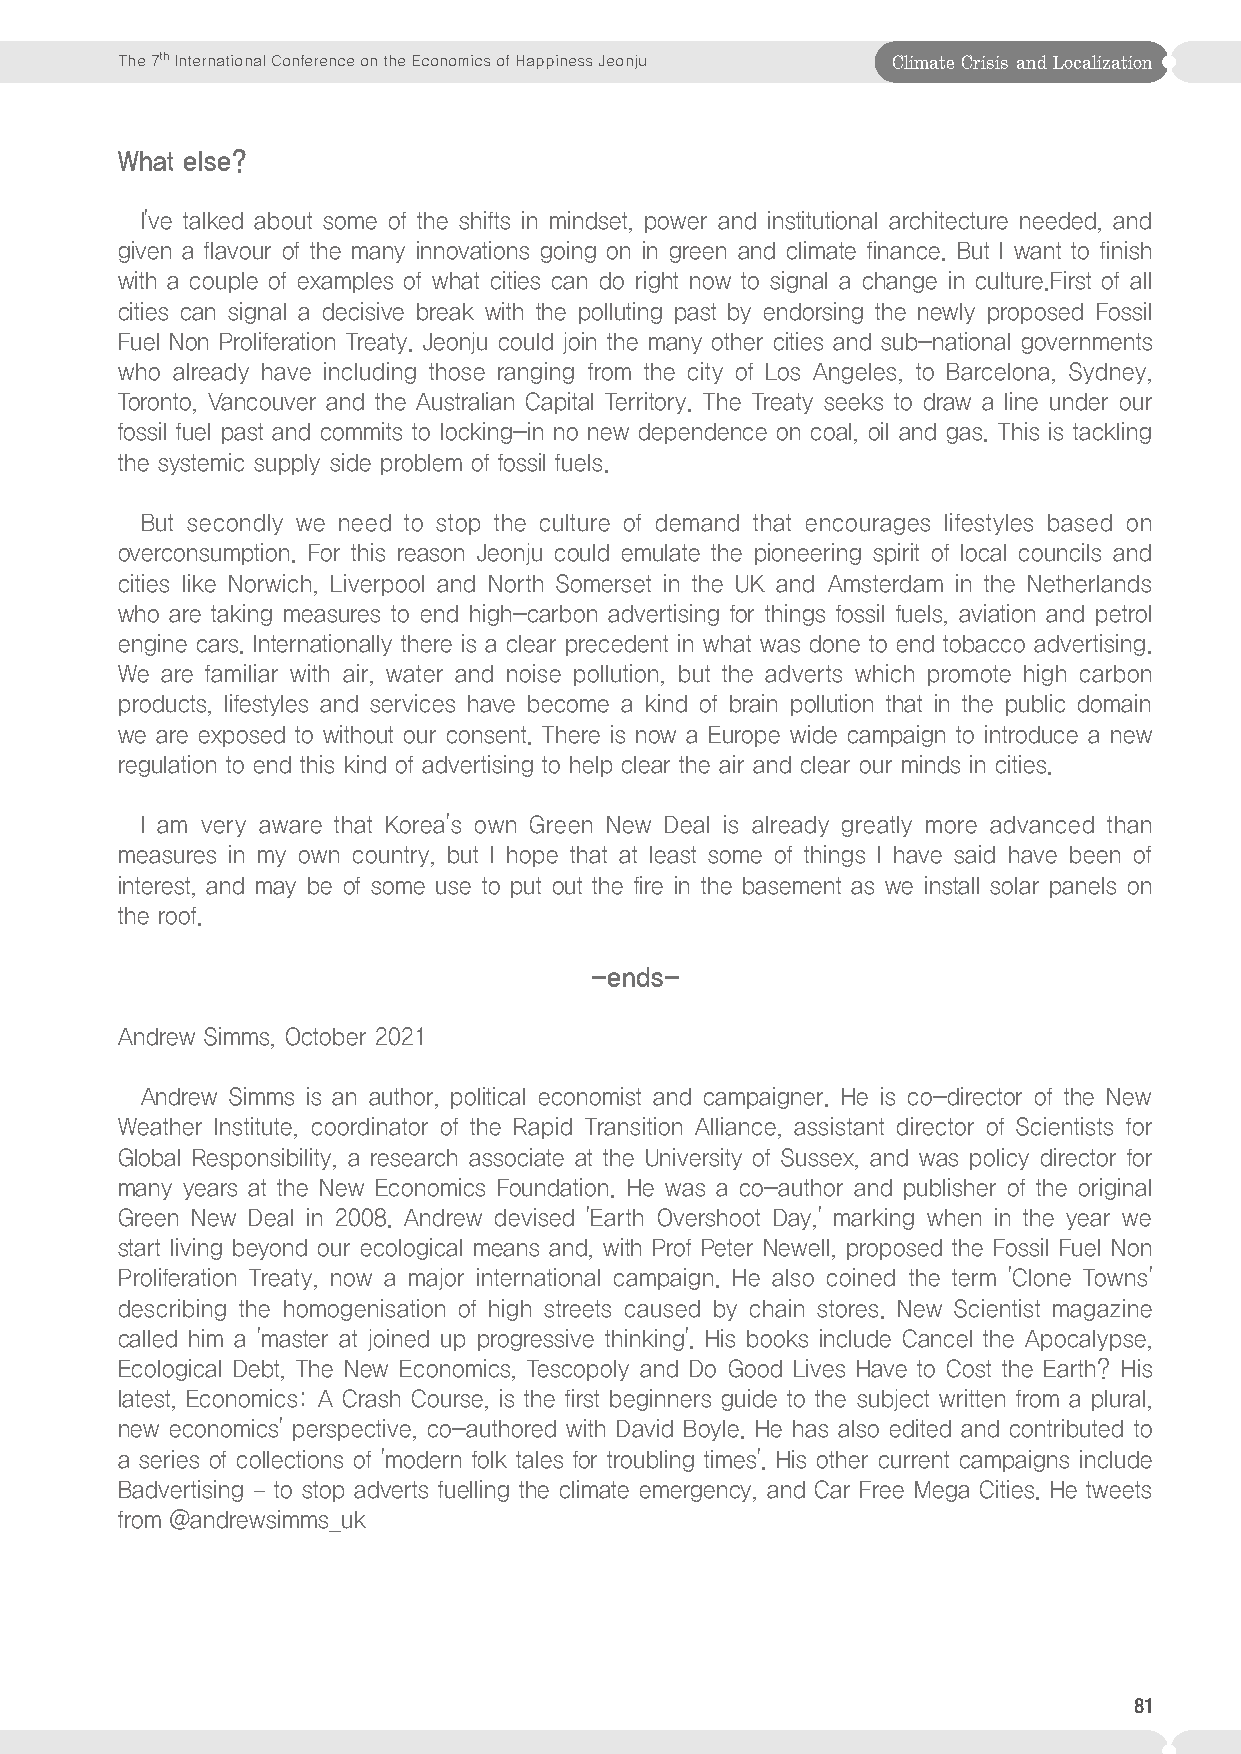
The 7th International Conference on the Economics of Happiness Jeonju Climate Crisis and Localization
 What else?
 I've talked about some of the shifts in mindset, power and institutional architecture needed, and
 given a flavour of the many innovations going on in green and climate finance. But I want to finish
 with a couple of examples of what cities can do right now to signal a change in culture.First of all
 cities can signal a decisive break with the polluting past by endorsing the newly proposed Fossil
 Fuel Non Proliferation Treaty. Jeonju could join the many other cities and sub-national governments
 who already have including those ranging from the city of Los Angeles, to Barcelona, Sydney,
 Toronto, Vancouver and the Australian Capital Territory. The Treaty seeks to draw a line under our
 fossil fuel past and commits to locking-in no new dependence on coal, oil and gas. This is tackling
 the systemic supply side problem of fossil fuels.
 But secondly we need to stop the culture of demand that encourages lifestyles based on
 overconsumption. For this reason Jeonju could emulate the pioneering spirit of local councils and
 cities like Norwich, Liverpool and North Somerset in the UK and Amsterdam in the Netherlands
 who are taking measures to end high-carbon advertising for things fossil fuels, aviation and petrol
 engine cars. Internationally there is a clear precedent in what was done to end tobacco advertising.
 We are familiar with air, water and noise pollution, but the adverts which promote high carbon
 products, lifestyles and services have become a kind of brain pollution that in the public domain
 we are exposed to without our consent. There is now a Europe wide campaign to introduce a new
 regulation to end this kind of advertising to help clear the air and clear our minds in cities.
 I am very aware that Korea's own Green New Deal is already greatly more advanced than
 measures in my own country, but I hope that at least some of things I have said have been of
 interest, and may be of some use to put out the fire in the basement as we install solar panels on
 the roof.
 -ends-
 Andrew Simms, October 2021
 Andrew Simms is an author, political economist and campaigner. He is co-director of the New
 Weather Institute, coordinator of the Rapid Transition Alliance, assistant director of Scientists for
 Global Responsibility, a research associate at the University of Sussex, and was policy director for
 many years at the New Economics Foundation. He was a co-author and publisher of the original
 Green New Deal in 2008. Andrew devised 'Earth Overshoot Day,' marking when in the year we
 start living beyond our ecological means and, with Prof Peter Newell, proposed the Fossil Fuel Non
 Proliferation Treaty, now a major international campaign. He also coined the term 'Clone Towns'
 describing the homogenisation of high streets caused by chain stores. New Scientist magazine
 called him a 'master at joined up progressive thinking'. His books include Cancel the Apocalypse,
 Ecological Debt, The New Economics, Tescopoly and Do Good Lives Have to Cost the Earth? His
 latest, Economics: A Crash Course, is the first beginners guide to the subject written from a plural,
 new economics' perspective, co-authored with David Boyle. He has also edited and contributed to
 a series of collections of 'modern folk tales for troubling times'. His other current campaigns include
 Badvertising – to stop adverts fuelling the climate emergency, and Car Free Mega Cities. He tweets
 from @andrewsimms_uk
 81